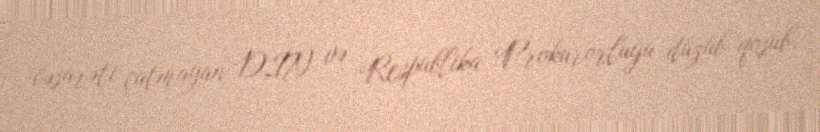
cəsarəti çatmayan DİN və Respublika Prokurorluğu düzüb-qoşub.